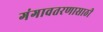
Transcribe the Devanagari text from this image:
गंगावतरणासाठी